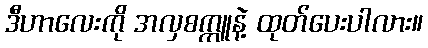
ဒီဟာလေးကို အလှစက္ကူနဲ့ ထုတ်ပေးပါလား။